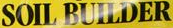
SOIL BUILDER